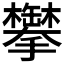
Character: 𬅍